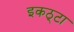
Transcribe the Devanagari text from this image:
इकठ्‌टा